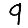
Digit: 9